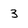
Character: 3